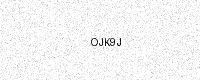
Text: OJK9J